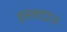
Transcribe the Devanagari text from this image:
इस्तदान